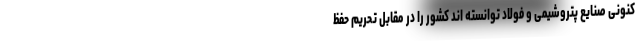
کنونی صنایع پتروشیمی و فولاد توانسته اند کشور را در مقابل تحریم حفظ